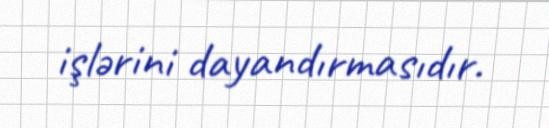
işlərini dayandırmasıdır.